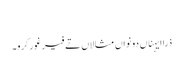
‏
ذرا ایہناں دونواں مثالاں تے فیر غور کرو۔